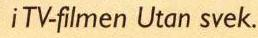
i TV-filmen Utan svek.